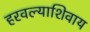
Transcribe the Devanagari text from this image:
हरवल्याशिवाय